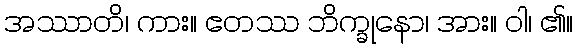
အဿာတိ၊ ကား။ ဧတဿ ဘိက္ခုနော၊ အား။ ဝါ၊ ၏။